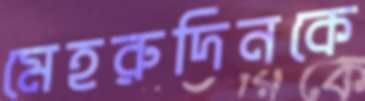
মেহরুদিনকে